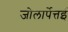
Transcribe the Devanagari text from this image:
जोलार्पेत्तई